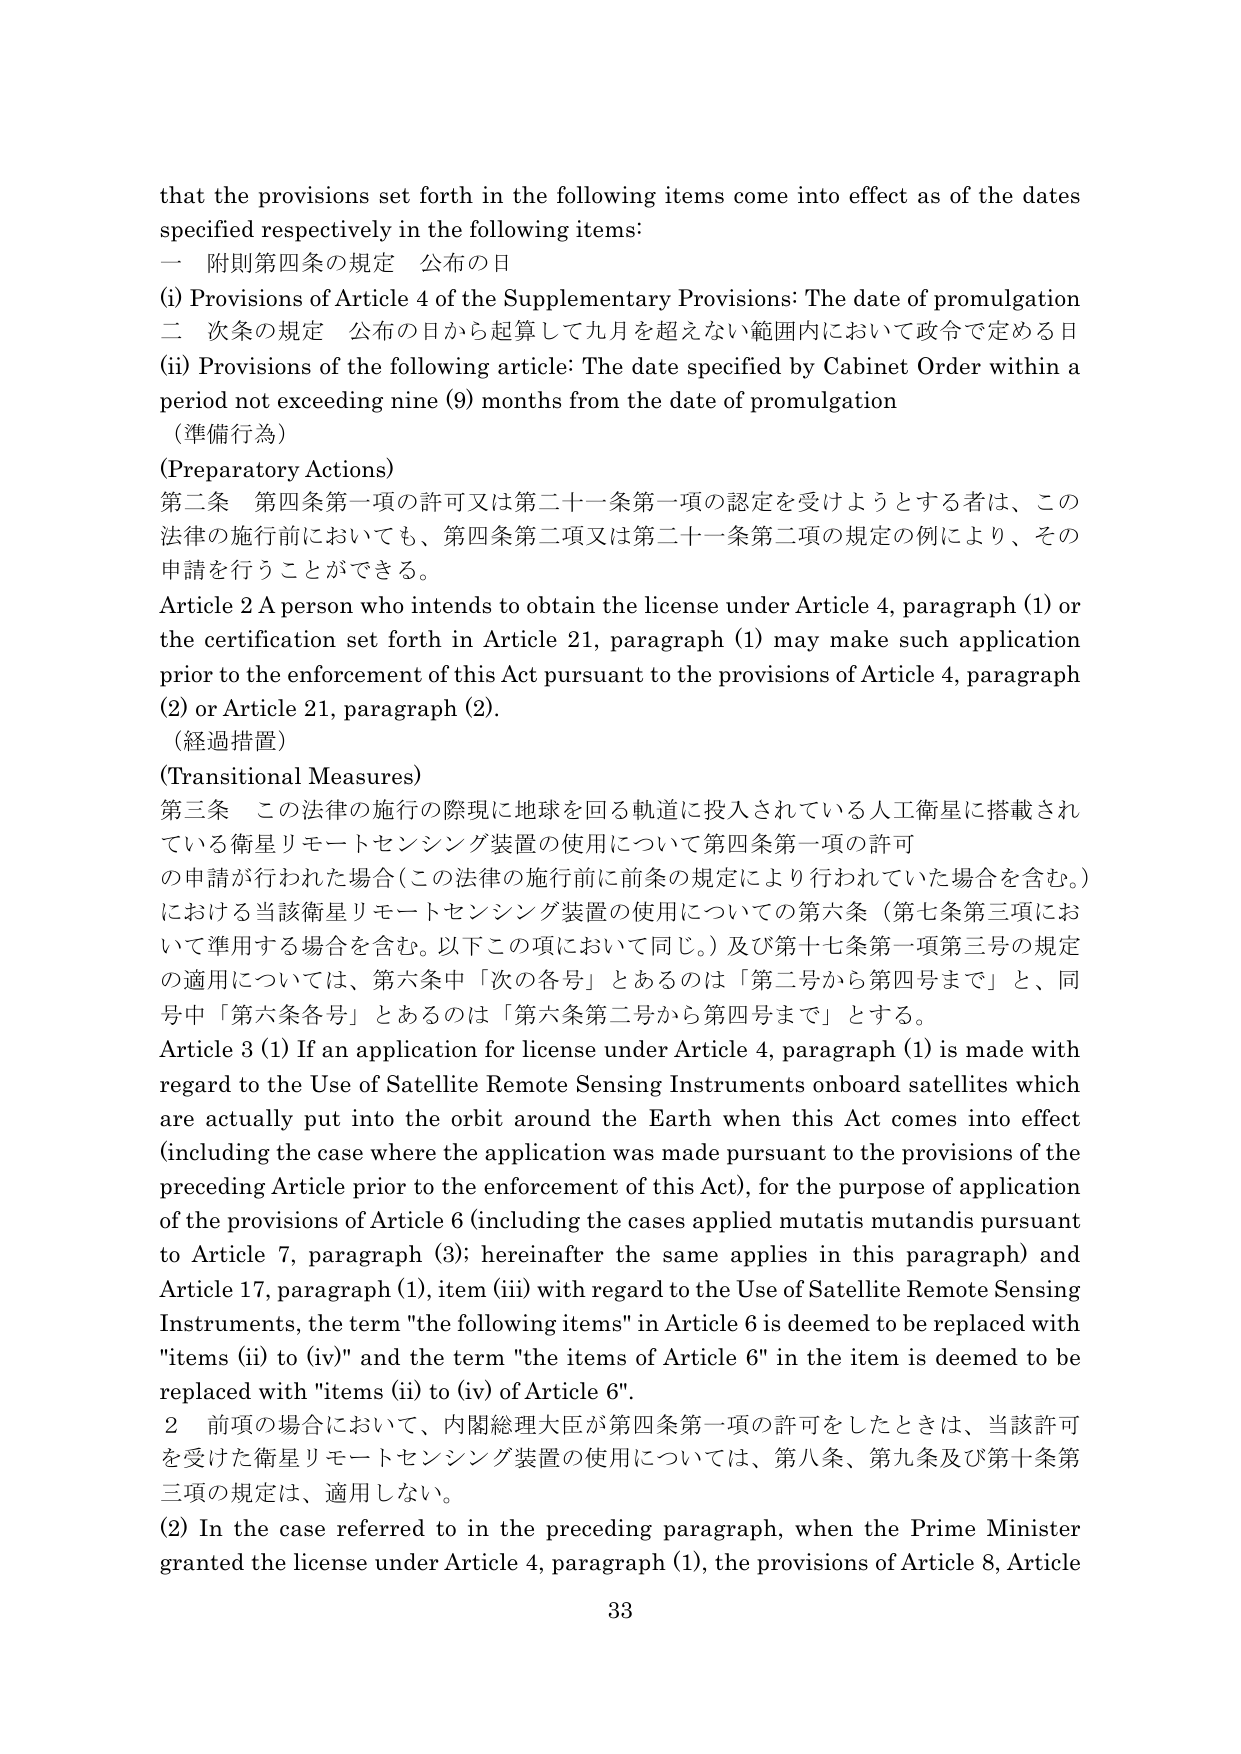
that the provisions set forth in the following items come into effect as of the dates specified respectively in the following items:

一 附則第四条の規定 公布の日
(i) Provisions of Article 4 of the Supplementary Provisions: The date of promulgation
二 次条の規定 公布の日から起算して九月を超えない範囲内において政令で定める日
(ii) Provisions of the following article: The date specified by Cabinet Order within a period not exceeding nine (9) months from the date of promulgation
（準備行為）
(Preparatory Actions)
第二条 第四条第一項の許可又は第二十一条第一項の認定を受けようとする者は、この法律の施行前においても、第四条第二項又は第二十一条第二項の規定の例により、その申請を行うことができる。
Article 2 A person who intends to obtain the license under Article 4, paragraph (1) or the certification set forth in Article 21, paragraph (1) may make such application prior to the enforcement of this Act pursuant to the provisions of Article 4, paragraph (2) or Article 21, paragraph (2).
（経過措置）
(Transitional Measures)
第三条 この法律の施行の際現に地球を回る軌道に投入されている人工衛星に搭載されている衛星リモートセンシング装置の使用について第四条第一項の許可の申請が行われた場合（この法律の施行前に前条の規定により行われていた場合を含む。）における当該衛星リモートセンシング装置の使用についての第六条（第七条第三項において準用する場合を含む。以下この項において同じ。）及び第十七条第一項第三号の規定の適用については、第六条中「次の各号」とあるのは「第二号から第四号まで」と、同号中「第六条各号」とあるのは「第六条第二号から第四号まで」とする。
Article 3 (1) If an application for license under Article 4, paragraph (1) is made with regard to the Use of Satellite Remote Sensing Instruments onboard satellites which are actually put into the orbit around the Earth when this Act comes into effect (including the case where the application was made pursuant to the provisions of the preceding Article prior to the enforcement of this Act), for the purpose of application of the provisions of Article 6 (including the cases applied mutatis mutandis pursuant to Article 7, paragraph (3); hereinafter the same applies in this paragraph) and Article 17, paragraph (1), item (iii) with regard to the Use of Satellite Remote Sensing Instruments, the term "the following items" in Article 6 is deemed to be replaced with "items (ii) to (iv)" and the term "the items of Article 6" in the item is deemed to be replaced with "items (ii) to (iv) of Article 6".
２ 前項の場合において、内閣総理大臣が第四条第一項の許可をしたときは、当該許可を受けた衛星リモートセンシング装置の使用については、第八条、第九条及び第十条第三項の規定は、適用しない。
(2) In the case referred to in the preceding paragraph, when the Prime Minister granted the license under Article 4, paragraph (1), the provisions of Article 8, Article
33